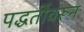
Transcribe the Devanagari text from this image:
पद्धतींवरून